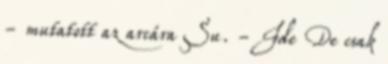
- mutatott az arcára Su. - Ide De csak